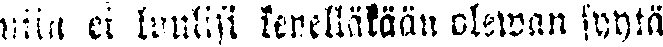
niin ei luulisi kenelläkään olewan syytä